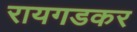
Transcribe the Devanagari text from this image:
रायगडकर